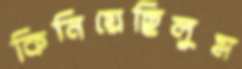
কিনিয়েছিলুম